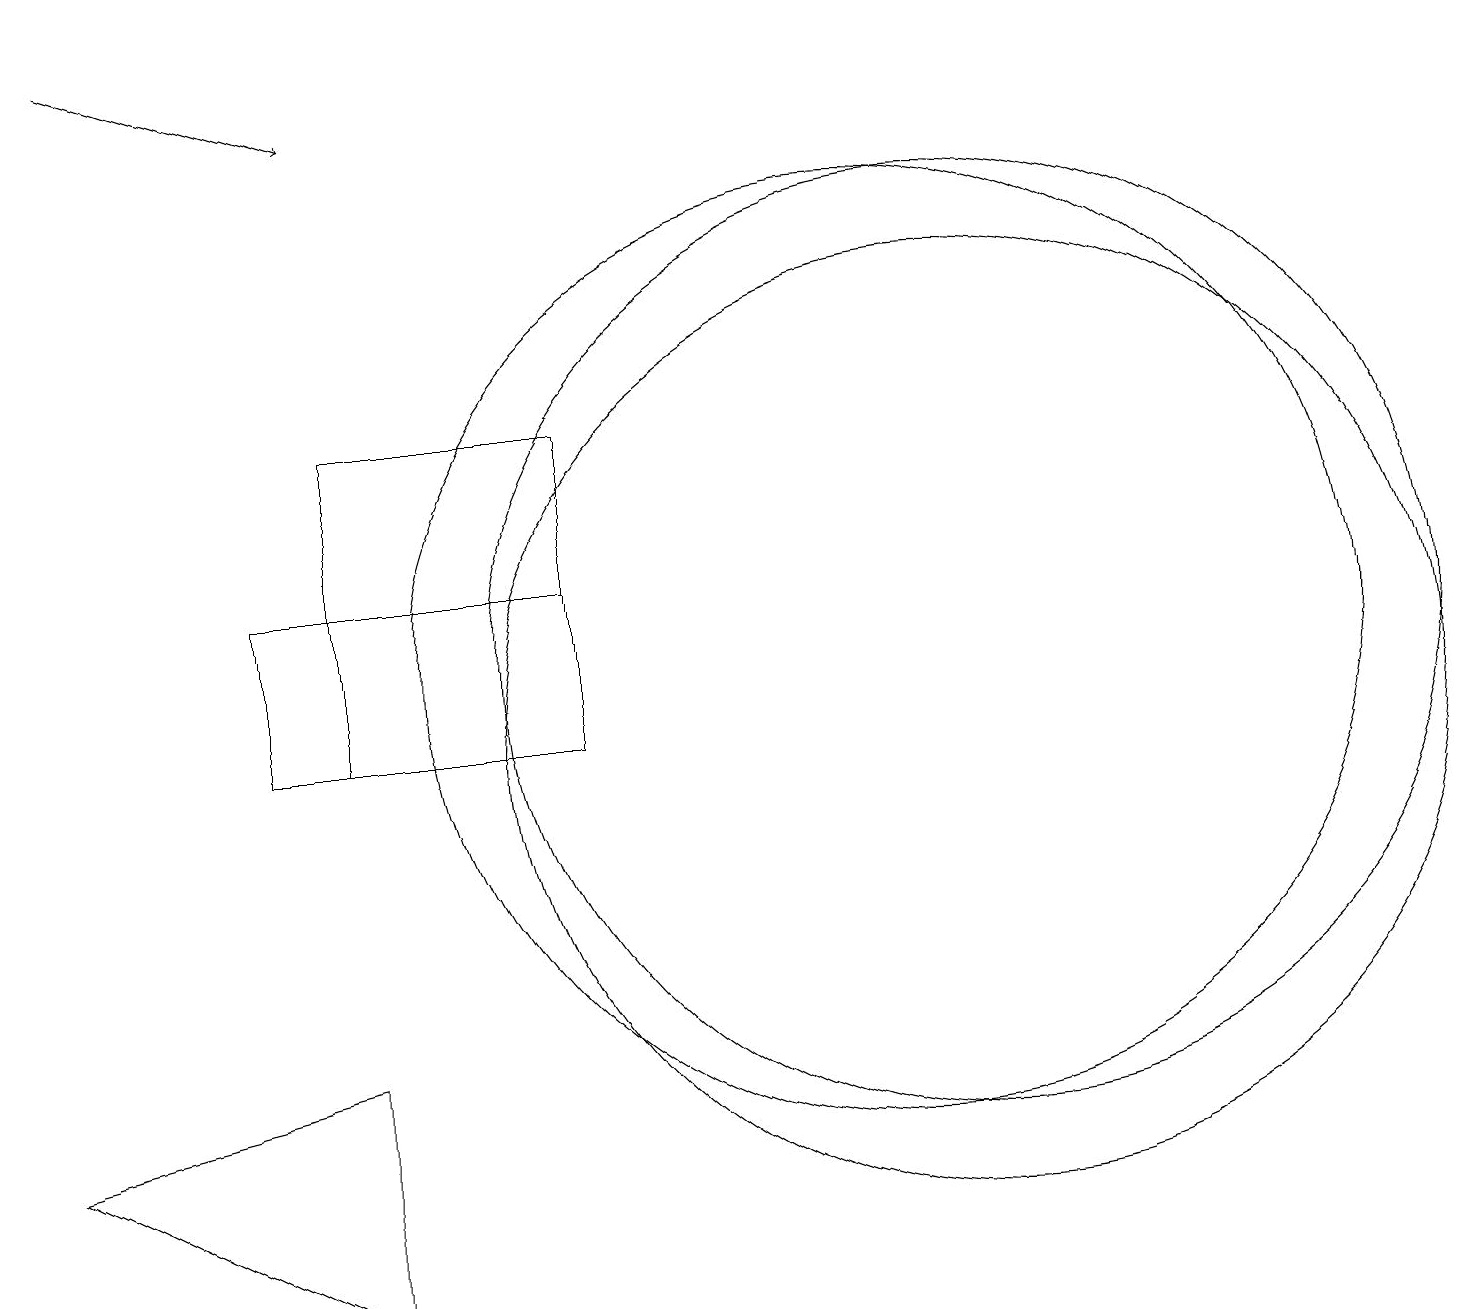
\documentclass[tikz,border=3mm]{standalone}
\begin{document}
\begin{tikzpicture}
\draw (7,14) rectangle (4,10);
\draw (12,11) circle (6);
\draw (11,11) circle (6);
\draw[->] (1,19) -- (4,18);
\draw (12,10) circle (6);
\draw (7,12) rectangle (3,10);
\draw (11,12) circle (0);
\draw (4,3) -- (4,6) -- (0,5) -- cycle;
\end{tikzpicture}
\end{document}